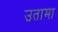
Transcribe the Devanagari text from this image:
उतामा